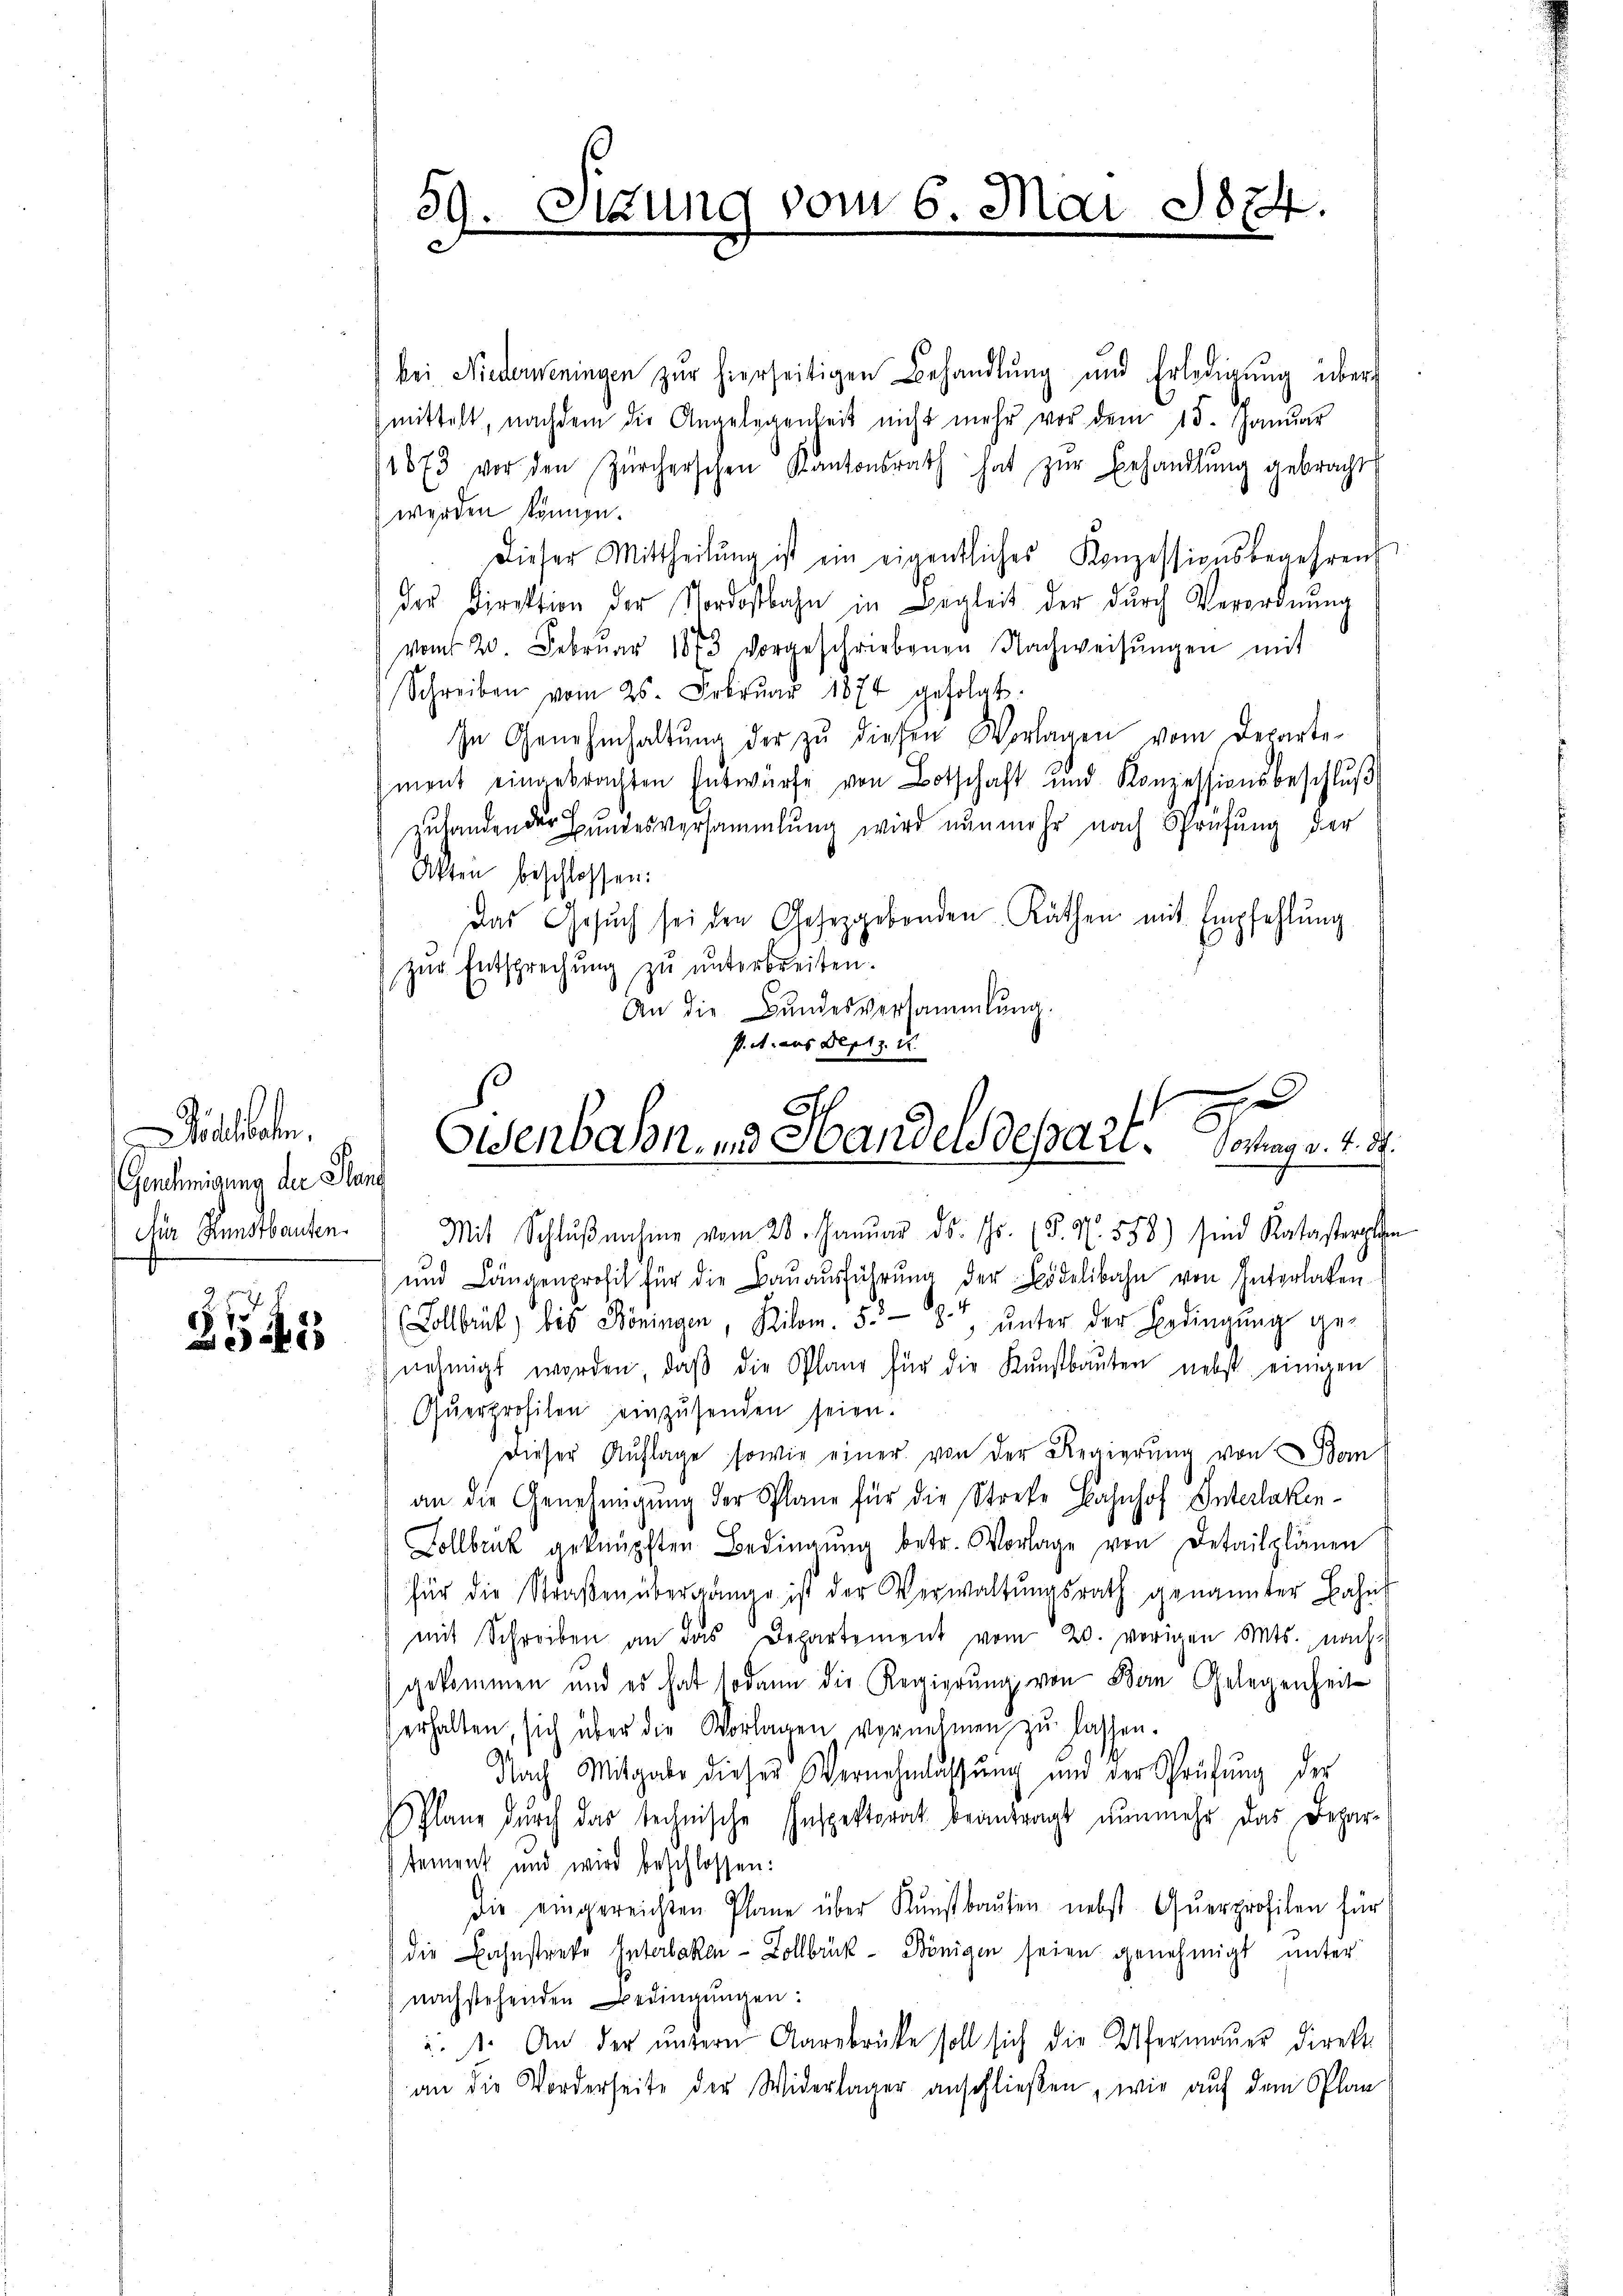
lbaten.
Genehmigung der Han
die Pundtbauten.
.

2541

39. Sitzung vom 6. Mai 1874.

bei Niederweningen zŭr hierseitigen Behandlŭng und Erledigŭng über-
mittelt, nachdem die Angelegenheit nicht mehr vor dem 15. Januar
1873 vor den Zürcherschen Kantonsrath hat zŭr Behandlŭng gebracht
werden können.
Dieser Mittheilŭng ist ein eigentliches Konzessionsbegehrens
der Direktion der Nordostbahn in Begleit der durch Verordnŭng
vom 20. Febrŭar 1853 vorgeschriebenen Nachweisŭngen mit
Schreiben vom 25. Febrŭar 1874 gefolgt.
In Genehmhaltŭng der zŭ diesen Vorlagen vom Departe-
ment eingebrachten Entwürfe von Botschaft und Konzessionsbeschlŭβ
zuhanden der Hundesversammlung wird nunmehr nach Sprüfung der
Akten beschlossen:
Das Gesŭch sei den Gesetzgebenden Rathen mit Empfehlŭng
zŭr Entsprechŭng zŭ ŭnterbreiten.
An die Bŭndesversammlung.
P. A. aus Sept. 1
e
Mit Schlŭβnahme vom 28. Janŭar d. Js. (§. N. 558) sind Katasterple
und Längenprofit für die Baŭaŭsführŭng der Bödelibahn von Interlaken
(Lollbrut) bis Böningen, Kilom. 5.- 8, ŭnter der Bedingŭng ge-
nehmigt worden, daβ die Plan für die Kŭnstbaŭten nebst einigen
Querprofilen einzusenden seien.
Dieser Auflage sowie einer von der Regierung von Bom
an die Genehmigŭng der Plane für die Streke Bahnhof Interlaken-
Zollbruk geknüpften Bedingŭng betr. Vorlage von Detailplänen
für die Straβen übergänge ist der Verwaltŭngsrath genannter Bahn
mit Schreiben an das Departement vom 20. vorigen Mts. nach
gekommen und es hat sodann die Regierung von Bern Gelegenheit
erhalten, sich über die Vorlagen vornehmen zŭ lassen.
Nach Mitgabe dieser Vernehmlassŭng und der Sprüfŭng der
Plane dŭrch das technische Inspektorat beantragt nŭnmehr das Depar-
tement und wird beschlossen:
die eingereichten Plane über Kunstbaŭten nebst Querprofilen für
die Bahnstreke Interlaker-Zollbrück - Königen seien genehmigt unter
nachstehenden Bedingungen:
u. s. An der ŭntern Aarbrücke soll sich die Ufermaŭer Direkt
an die Vorderheite der Widerlager anschließen, wie auf dem Plan

n
Ost
Eisenbahn und Handers dessari. Vortrag v. 4. d.